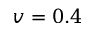
v = 0 . 4